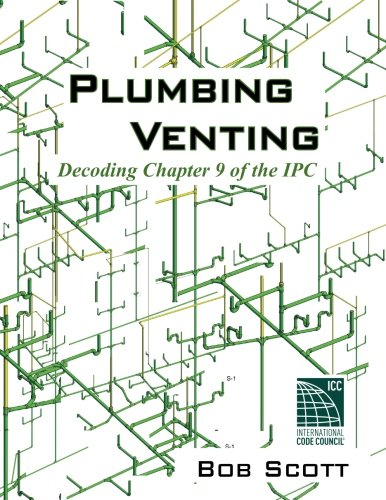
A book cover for Plumbing Venting: Decoding Chapter 9 of the IPC; Bob Scott; Education & Teaching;